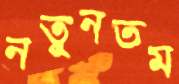
নতুনতম